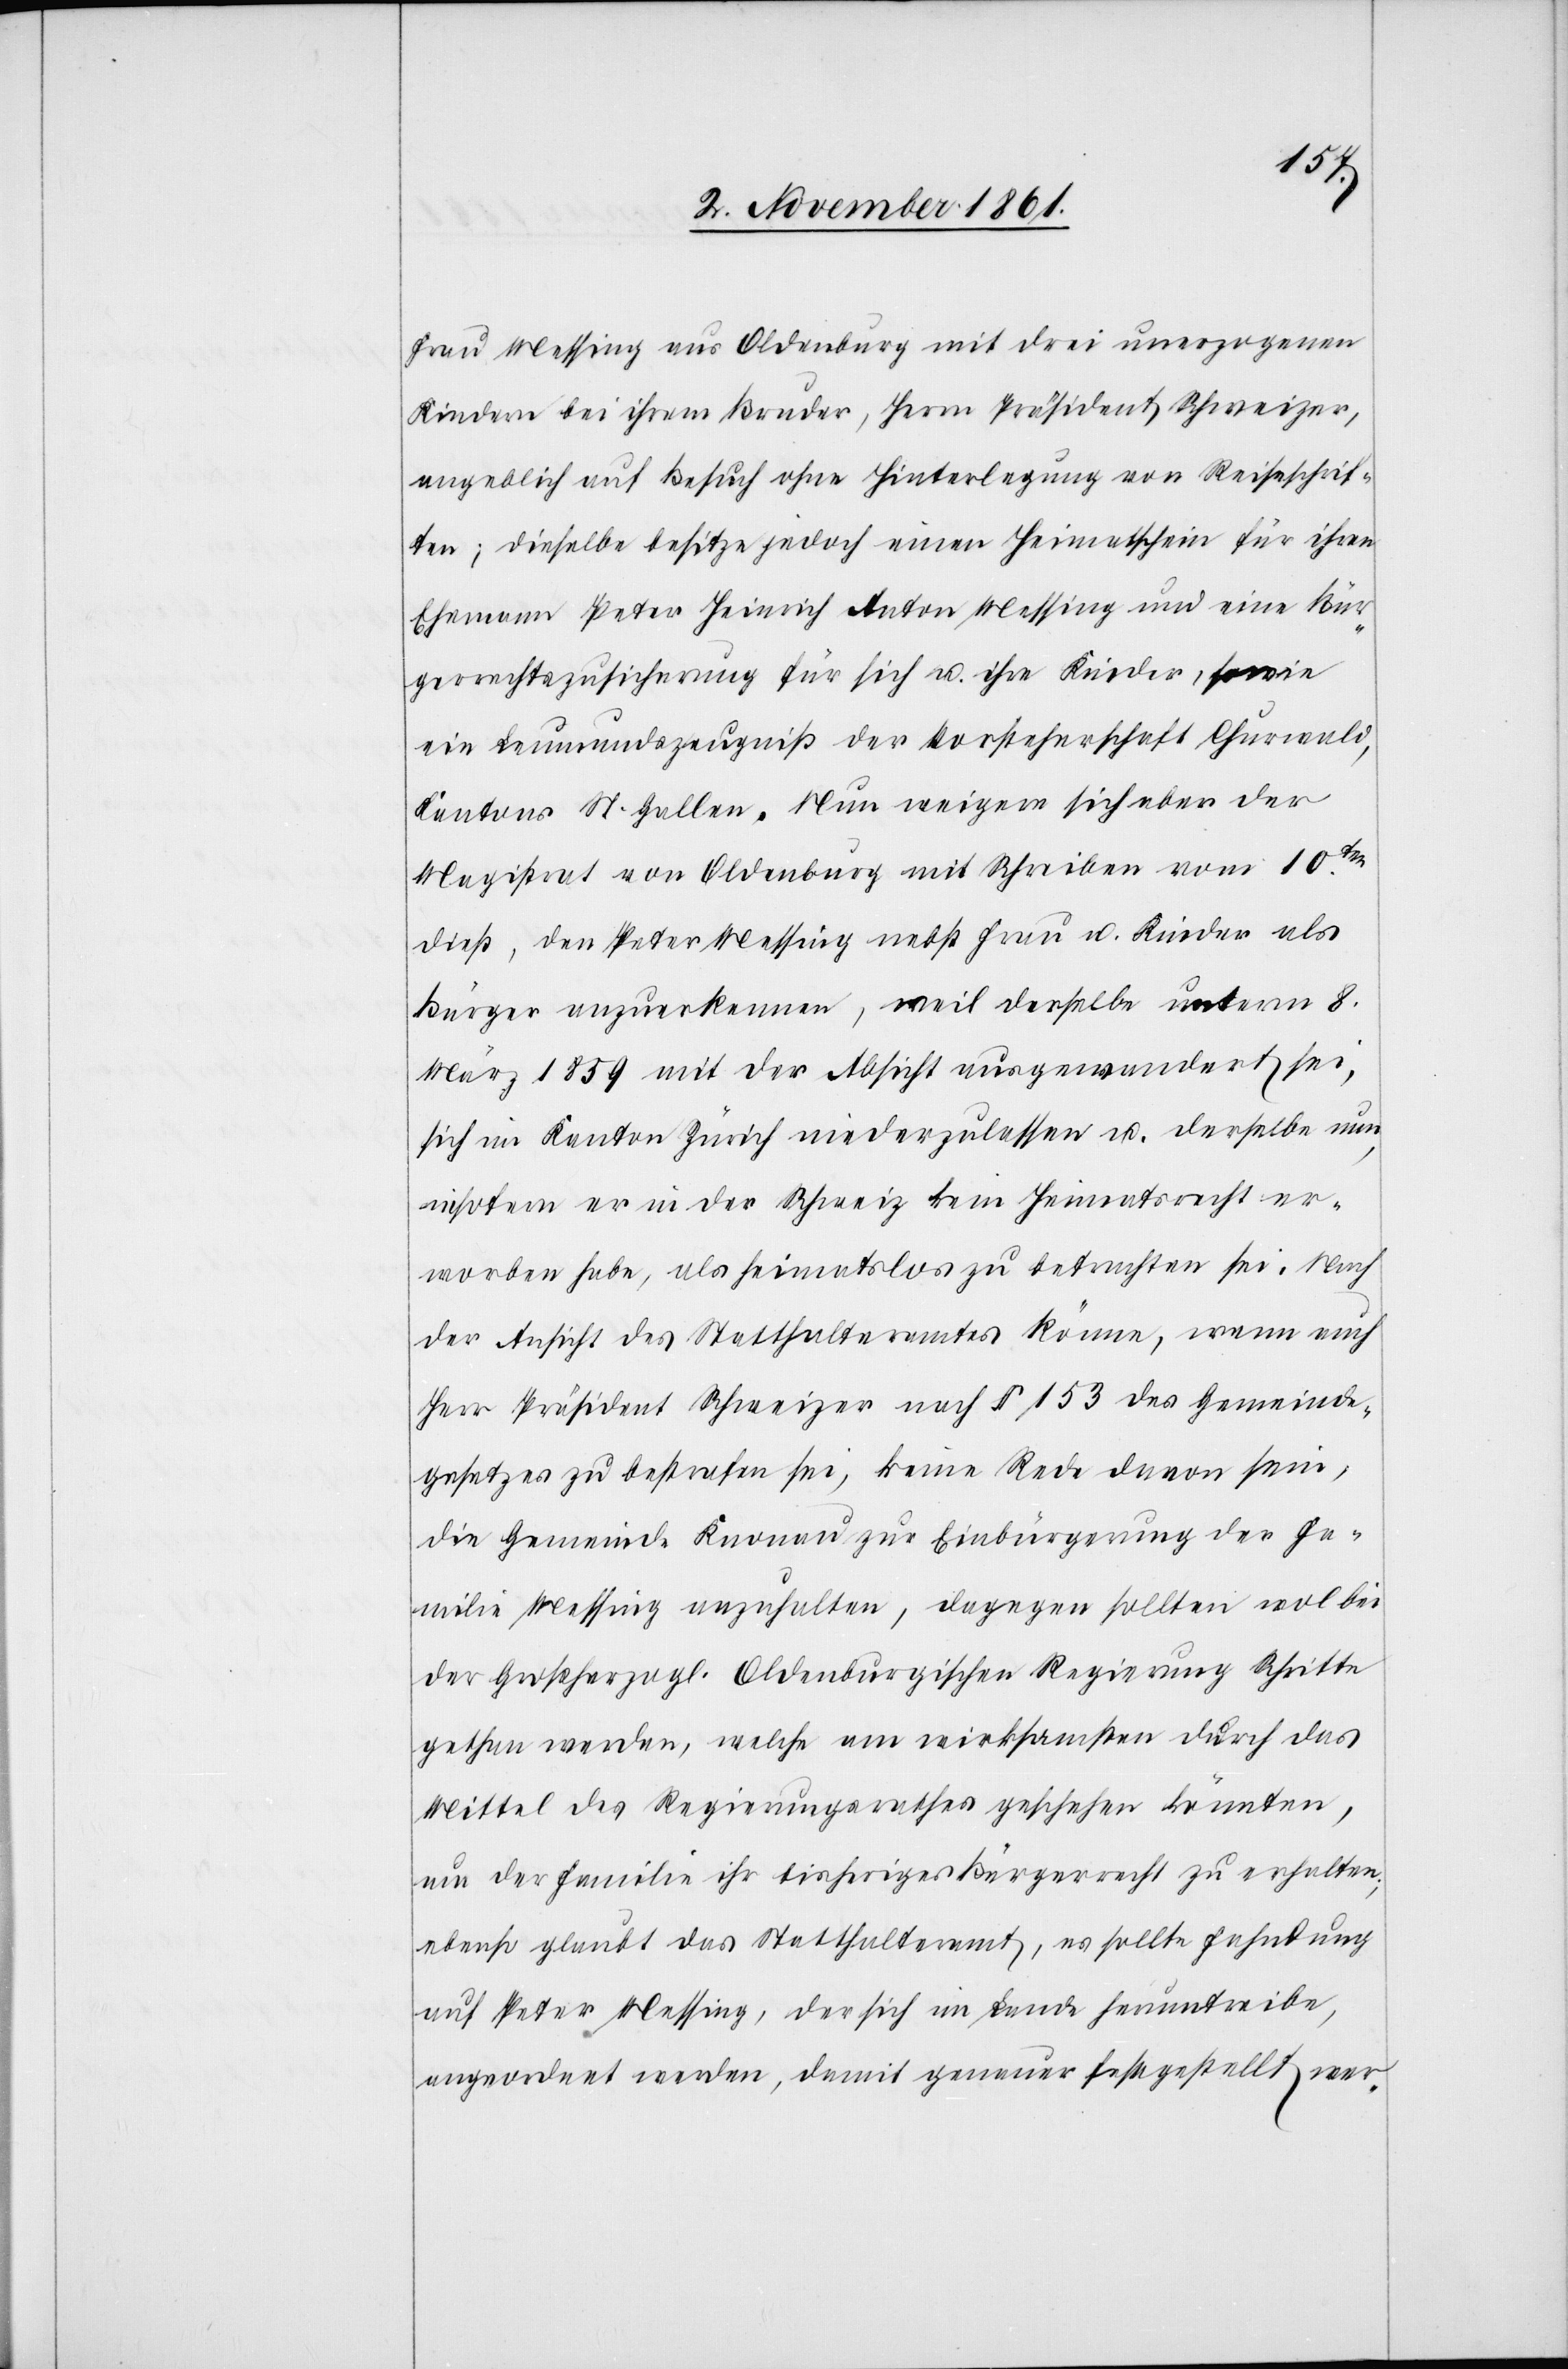
Frau Messing aus Oldenburg mit drei unerzogenen
Kindern bei ihrem Bruder, Herrn Präsident Schweizer,
angeblich auf Besuch ohne Hinterlegung von Reiseschrif¬
ten; dieselbe besitze jedoch einen Heimatschein für ihren
Ehemann Peter Heinrich Anton Messing und eine Bür¬
gerrechtszusicherung für sich u. ihre Kinder, sowie
ein Leumundszeugniß der Vorsteherschaft Churwald,
Kantons St. Gallen. Nun weigere sich aber der
Magistrat von Oldenburg mit Schreiben vom 10ten
dieß, den Peter Messing nebst Frau u. Kinder als
Bürger anzuerkennen, weil derselbe unterm 8
März 1859 mit der Absicht ausgewandert sei,
sich im Kanton Zürich niederzulassen u. derselbe nun
insofern er in der Schweiz kein Heimatsrecht er¬
worben habe, als heimatlose zu betrachten sei. Nach
der Ansicht des Statthalteramtes könne, wenn auch
Herr Präsident Schweizer nach § 153 des Gemeinde¬
gesetzes zu bestrafen sei, keine Rede davon sein,
die Gemeinde Knonau zur Einbürgerung der Fa¬
milie Messing anzuhalten, dagegen sollten wol bei
der Großherzogl. Oldenburgischen Regierung Schritte
gethan werden, welche am wirksamsten durch das
Mittel des Regierungsrathes geschehen könnten,
um der Familie ihr bisheriges Bürgerrecht zu erhalten,
ebenso glaubt das Statthalteramt, es sollte Fahndung
auf Peter Messing, der sich im Lande herumtreibe,
angeordnet werden, damit genauer festgestellt wer-